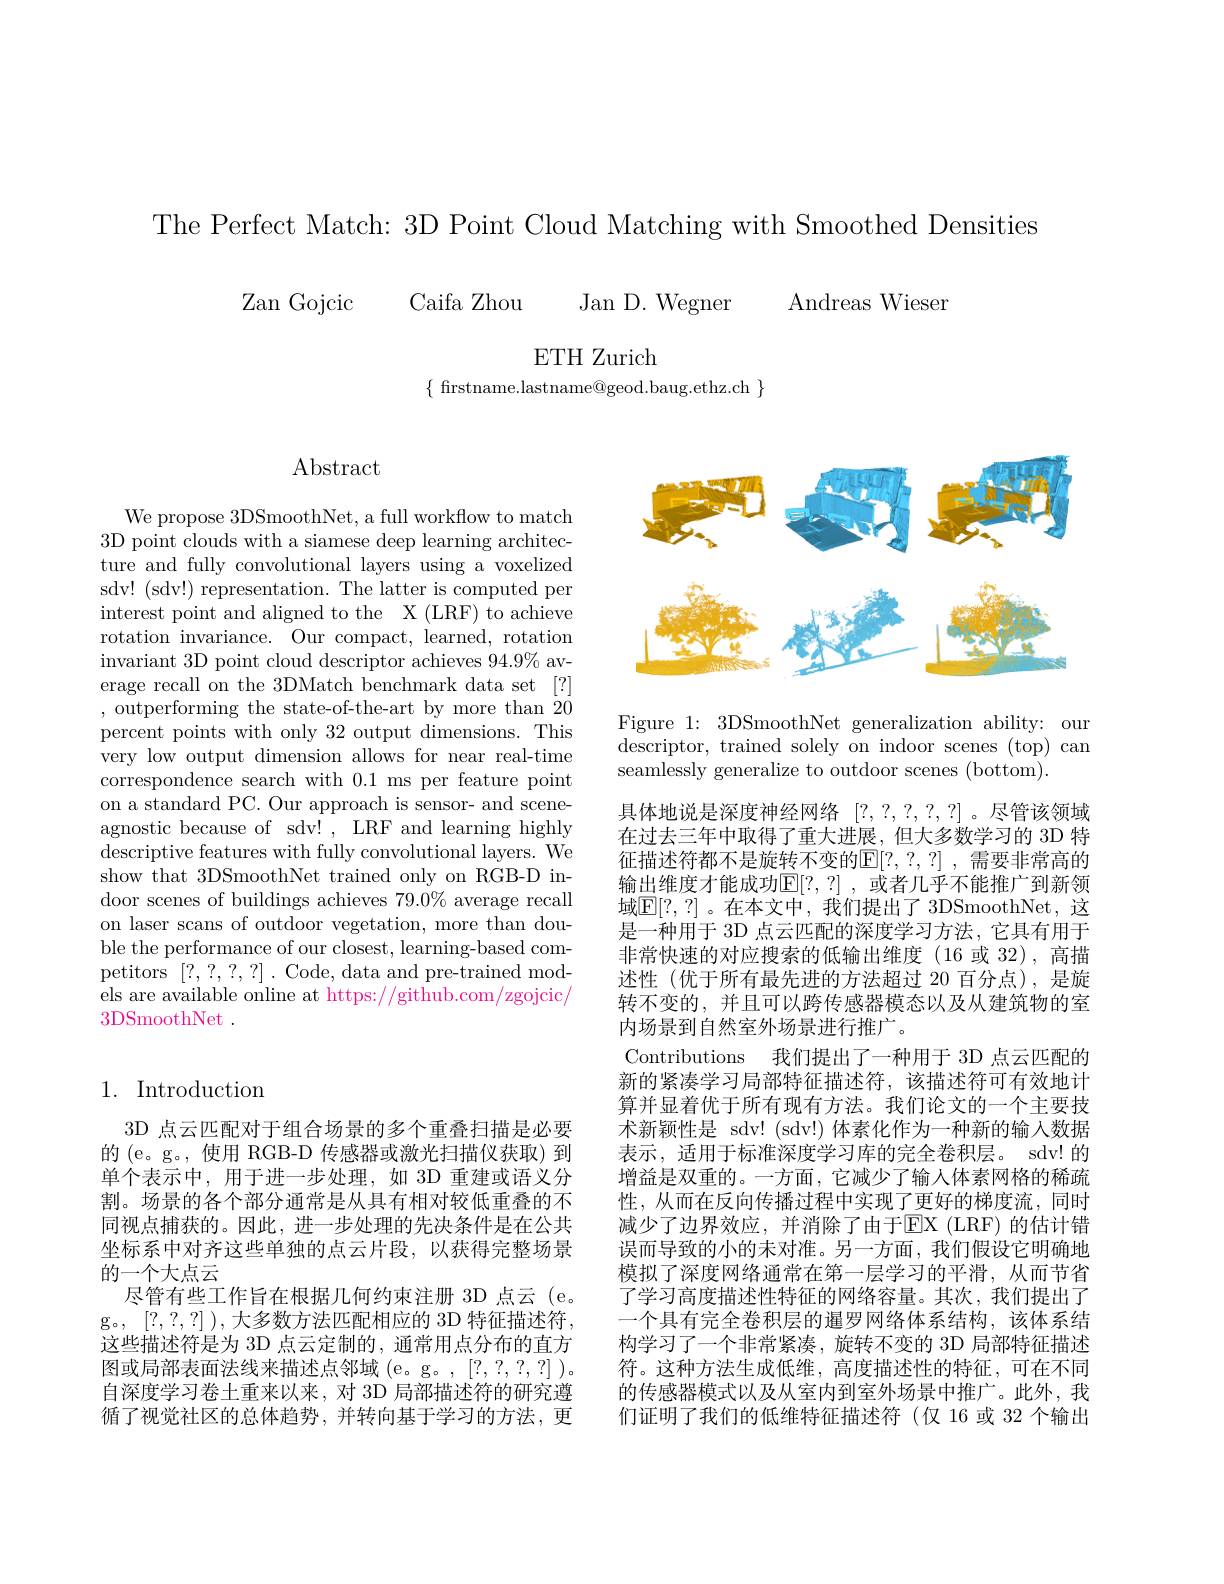
The Perfect Match: 3D Point Cloud Matching with Smoothed Densities

Zan Gojcic

Caifa Zhou Jan D. Wegner

ETH Zurich
$\{$ firstname.lastname@geod.baug.ethz.ch $\}$

Andreas Wieser

# $\operatorname{Abstract}$

We propose 3DSmoothNet, a full workflow to match 3D point clouds with a siamese deep learning architecture and fully convolutional layers using a voxelized sdv! (sdv!) representation. The latter is computed per interest point and aligned to the X (LRF) to achieve rotation invariance. Our compact, learned, rotation invariant 3D point cloud descriptor achieves 94.9% average recall on the 3DMatch benchmark data set [?] ,outperforming the state-of-the-art by more than 20 percent points with only 32 output dimensions. This very low output dimension allows for near real-time correspondence search with 0.1 ms per feature point on a standard PC. Our approach is sensor- and sceneagnostic because of sdv! , LRF and learning highly descriptive features with fully convolutional layers. We show that 3DSmoothNet trained only on RGB-D indoor scenes of buildings achieves $79.0\%$ average recall on laser scans of outdoor vegetation, more than double the performance of our closest, learning-based competitors [?,?,?,?,?]. Code, data and pre-trained models are available online at https://github.com/zgojcic/ 3DSmoothNet .

## 1. Introduction

3D 点云匹配对于组合场景的多个重叠扫描是必要的 (e。g。, 使用 RGB-D 传感器或激光扫描仪获取) 到单个表示中，用于进一步处理，如 3D 重建或语义分割。场景的各个部分通常是从具有相对较低重叠的不同视点捕获的。因此，进一步处理的先决条件是在公共坐标系中对齐这些单独的点云片段，以获得完整场景的一个大点云
尽管有些工作旨在根据几何约束注册 3D 点云 (e。g。, [?,?,?]),大多数方法匹配相应的 3D 特征描述符， 这些描述符是为 3D 点云定制的，通常用点分布的直方图或局部表面法线来描述点邻域 (e。g。, [?,?,?,?]). 自深度学习卷土重来以来，对 3D 局部描述符的研究遵循了视觉社区的总体趋势，并转向基于学习的方法，更

<FigureHere>

Figure 1: 3DSmoothNet generalization ability: our descriptor, trained solely on indoor scenes (top) can seamlessly generalize to outdoor scenes (bottom).

具体地说是深度神经网络[?,?,?,?,?] 。尽管该领域在过去三年中取得了重大进展，但大多数学习的 3D 特征描述符都不是旋转不变的$\mathbb{E}[?,?,?]$ ,需要非常高的输出维度才能成功$\mathbb{E}[?,?]$ ,或者几乎不能推广到新领域$\mathbb{E}[?,?]$。在本文中，我们提出了3DSmoothNet，这是一种用于 3D 点云匹配的深度学习方法，它具有用于非常快速的对应搜索的低输出维度(16 或 32),高描述性(优于所有最先进的方法超过 20 百分点),是旋转不变的，并且可以跨传感器模态以及从建筑物的室内场景到自然室外场景进行推广。
Contributions 我们提出了一种用于 3D 点云匹配的新的紧凑学习局部特征描述符，该描述符可有效地计算并显着优于所有现有方法。我们论文的一个主要技术新颖性是 sdv! (sdv!) 体素化作为一种新的输入数据表示，适用于标准深度学习库的完全卷积层。sdv! 的增益是双重的。一方面，它减少了输人体素网格的稀疏性，从而在反向传播过程中实现了更好的梯度流，同时减少了边界效应，并消除了由于EX ( LRF) 的估计错误而导致的小的未对准。另一方面，我们假设它明确地模拟了深度网络通常在第一层学习的平滑，从而节省了学习高度描述性特征的网络容量。其次，我们提出了一个具有完全卷积层的暹罗网络体系结构，该体系结构学习了一个非常紧凑，旋转不变的 3D 局部特征描述符。这种方法生成低维，高度描述性的特征，可在不同的传感器模式以及从室内到室外场景中推广。此外，我们证明了我们的低维特征描述符(仅 16 或 32 个输出